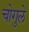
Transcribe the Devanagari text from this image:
चोगुले